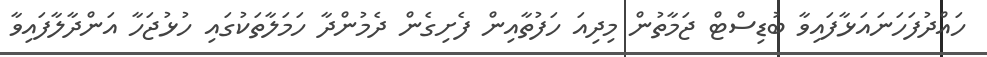
ހައްދުފަހަނައަޅާފައިވާ ބުޑިސްޓް ޖަމާތުން މިދިއަ ހަފުތާއިން ފެށިގެން ދެމުންދާ ހަމަލާތަކުގައި ހުޅުޖަހާ އަންދާލާފައިވާ